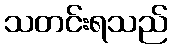
သတင်းရသည်